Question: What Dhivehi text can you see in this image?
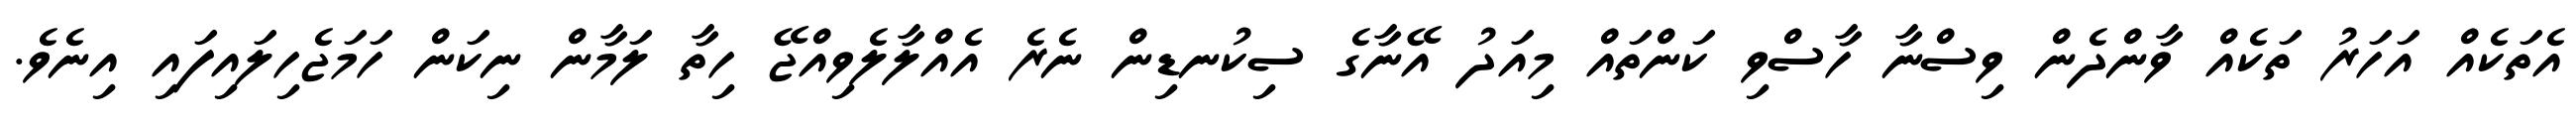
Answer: އެތަކެއް އަހަރު ތަކެއް ވާންދެން ވިސްނާ ހާސްވި ކަންތައް މިއަދު އޭނާގެ ސިކުނޑިން ނެރެ އެއްލާލެވިއްޖޭ ހިތާ ލަމާން ނިކަން ހަމަޖެހިލައިފައި އިނެވެ.